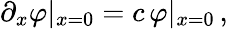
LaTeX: \partial_{x}\varphi|_{x=0}=c\, \varphi|_{x=0}\, ,